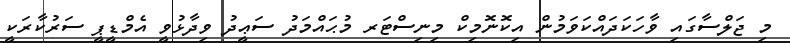
މި ޖަލްސާގައި ވާހަކަދައްކަވަމުން އިކޮނޮމިކް މިނިސްޓަރ މުޙައްމަދު ސަޢީދު ވިދާޅުވީ އެމްޑީޕީ ސަރުކާރަކީ